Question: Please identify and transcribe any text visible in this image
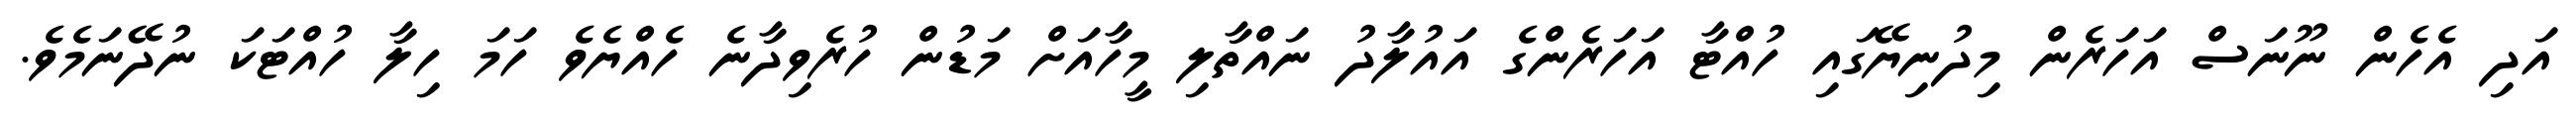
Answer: އަދި އެހެން ނޫނަސް އަހަރެން މިދުނިޔޭގައި ހުއްޓާ އަހަރެންގެ އައުލާދު ނައްތާލި މީހާއަށް މަޑުން ހުރެވިދާނެ ހެއްޔެވެ ހަމަ ހިލާ ހުއްޓަކަ ނުދޭނަމެވެ.